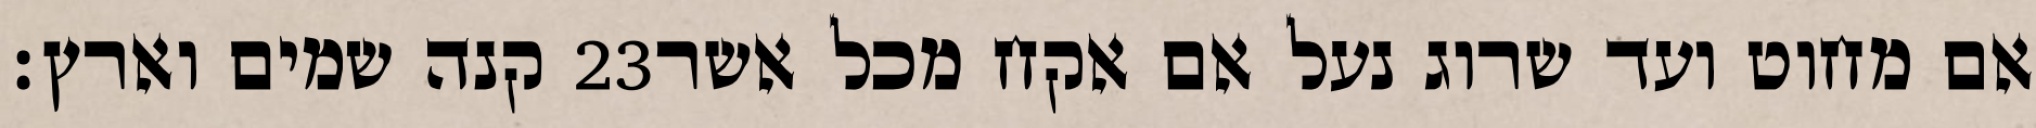
קנה שמים וארץ׃ ‎23‏ אם מחוט ועד שרוג נעל אם אקח מכל אשר